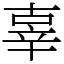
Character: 辜